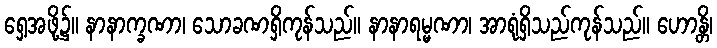
ရှေ့အဖို့၌။ နာနာက္ခဏာ၊ သောခဏရှိကုန်သည်။ နာနာရမ္မဏာ၊ အာရုံရှိသည်ကုန်သည်။ ဟောန္တိ၊